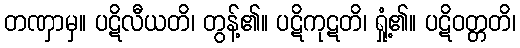
တဏှာမှ။ ပဋိလီယတိ၊ တွန့်၏။ ပဋိကုဋတိ၊ ရှုံ့၏။ ပဋိဝတ္တတိ၊